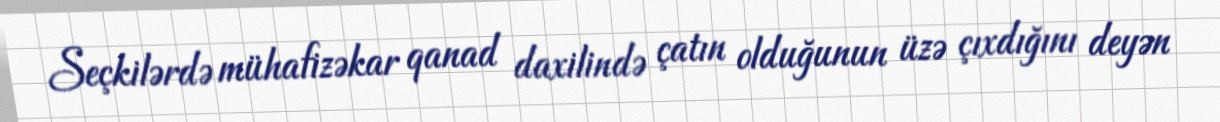
Seçkilərdə mühafizəkar qanad daxilində çatın olduğunun üzə çıxdığını deyən